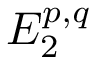
E _ { 2 } ^ { p , q }